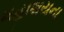
મહાશયના